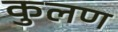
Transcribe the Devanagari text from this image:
कुलण